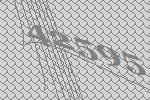
42595